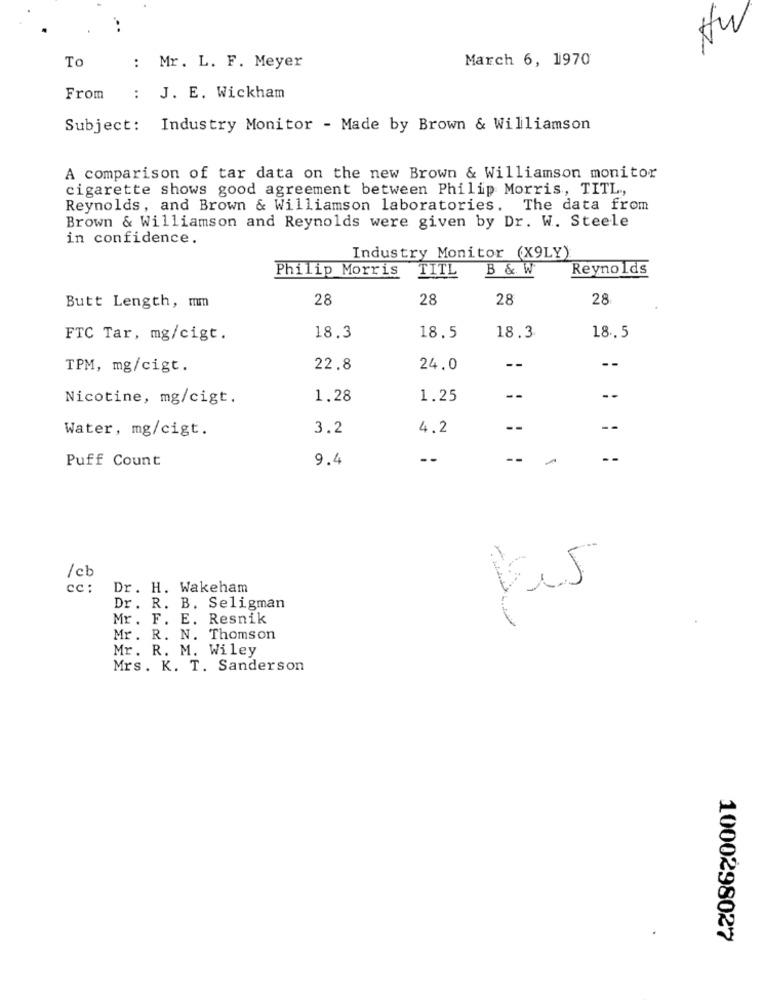
To
March 6, 1970
: Mr. L. F. Meyer
From
: J. E. Wickham
Subject: Industry Monitor - Made by Brown & Williamson
A comparison of tar data on the new Brown & Williamson monitor
cigarette shows good agreement between Philip Morris, TITL .,
Reynolds, and Brown & Williamson laboratories. The data from
Brown & Williamson and Reynolds were given by Dr. W. Steele
in confidence.
Industry Monitor (X9LY)
Philip Morris
B & W
Reynolds
TITL
28
28
28
28
Butt Length, mm
FTC Tar, mg/cigt.
18.3
18.5
18.3
18.5
TPM, mg/cigt.
22.8
24.0
--
--
Nicotine, mg/cigt.
1.28
1.25
--
Water, mg/cigt.
3.2
4.2
--
Puff Count
9.4
--
--
1 cb
cc :
Dr. H. Wakeham
Dr. R. B. Seligman
Mr. F. E. Resnik
Mr. R. N. Thomson
Mr. R. M. Wiley
Mrs. K. T. Sanderson
1000298027